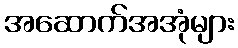
အဆောက်အအုံများ